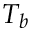
T _ { b }